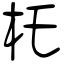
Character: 杔